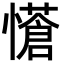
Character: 𭟇